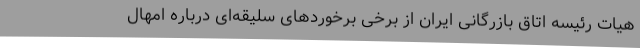
هیات رئیسه اتاق بازرگانی ایران از برخی برخوردهای سلیقه‌ای درباره امهال